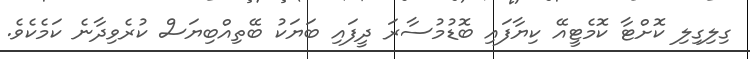
ގިލިގިލި ކޮށްޓާ ކޮމެޓީއޭ ކިޔާފައި ބޮޑުމުސާރަ ދީފައި ބަޔަކު ބޭތިއްބިޔަސް ކުރެވިދާނެ ކަމެކެވެ.